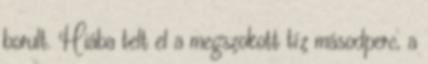
borult. Hiába telt el a megszokott tíz másodperc, a